Indian journal of veterinary science and animal husbandry - Volume 1,
Year: 1931
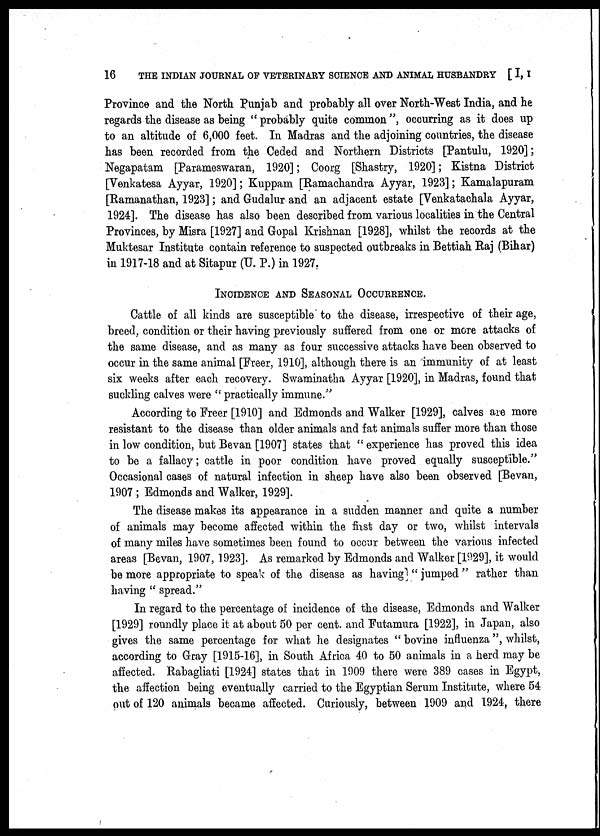
16
THE INDIAN JOURNAL OF VETERINARY SCIENCE AND ANIMAL HUSBANDRY [I, I
Province and the North Punjab and probably all over North-West India, and he
regards the disease as being "probably quite common", occurring as it does up
to an altitude of 6,000 feet. In Madras and the adjoining countries, the disease
has been recorded from the Ceded and Northern Districts [Pantulu, 1920];
Negapatam [Parameswaran, 1920]; Coorg [Shastry, 1920]; Kistna District
[Venkatesa Ayyar, 1920]; Kuppam [Ramachandra Ayyar, 1923]; Kamalapuram
[Ramanathan, 1923]; and Gudalur and an adjacent estate [Venkatachala Ayyar,
1924]. The disease has also been described from various localities in the Central
Provinces, by Misra [1927] and Gopal Krishnan [1928], whilst the records at the
Muktesar Institute contain reference to suspected outbreaks in Bettiah Raj (Bihar)
in 1917-18 and at Sitapur (U. P.) in 1927.
INCIDENCE AND SEASONAL OCCURRENCE.
Cattle of all kinds are susceptible to the disease, irrespective of their age,
breed, condition or their having previously suffered from one or more attacks of
the same disease, and as many as four successive attacks have been observed to
occur in the same animal [Freer, 1910], although there is an immunity of at least
six weeks after each recovery. Swaminatha Ayyar [1920], in Madras, found that
suckling calves were " practically immune."
According to Freer [1910] and Edmonds and Walker [1929], calves are more
resistant to the disease than older animals and fat animals suffer more than those
in low condition, but Bevan [1907] states that " experience has proved this idea
to be a fallacy; cattle in poor condition have proved equally susceptible."
Occasional cases of natural infection in sheep have also been observed [Bevan,
1907 ; Edmonds and Walker, 1929].
The disease makes its appearance in a sudden manner and quite a number
of animals may become affected within the first day or two, whilst intervals
of many miles have sometimes been found to occur between the various infected
areas [Bevan, 1907, 1923]. As remarked by Edmonds and Walker [1929], it would
be more appropriate to speak of the disease as having] " jumped " rather than
having " spread."
In regard to the percentage of incidence of the disease, Edmonds and Walker
[1929] roundly place it at about 50 per cent. and Futamura [1922], in Japan, also
gives the same percentage for what he designates " bovine influenza ", whilst,
according to Gray [1915-16], in South Africa 40 to 50 animals in a herd may be
affected. Rabagliati [1924] states that in 1909 there were 389 cases in Egypt,
the affection being eventually carried to the Egyptian Serum Institute, where 54
out of 120 animals became affected. Curiously, between 1909 and 1924, there